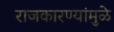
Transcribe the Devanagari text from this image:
राजकारण्यांमुळे